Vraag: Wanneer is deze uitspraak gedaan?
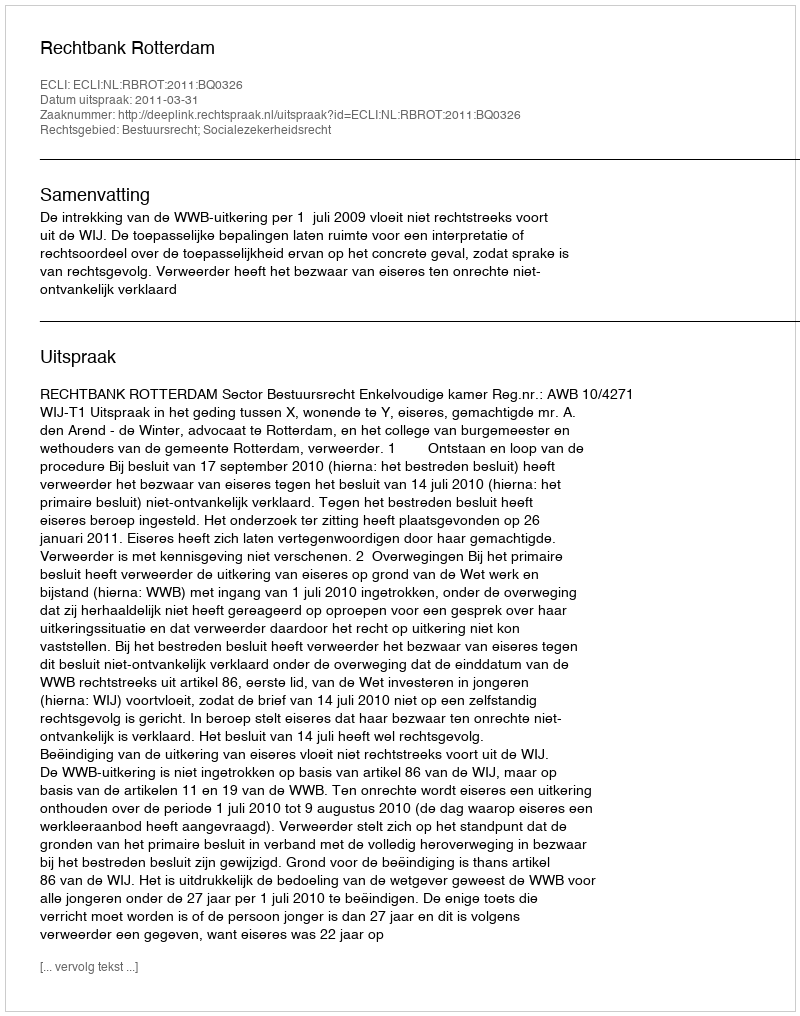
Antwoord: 2011-03-31